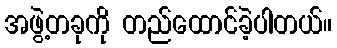
အဖွဲ့တခုကို တည်ထောင်ခဲ့ပါတယ်။